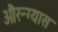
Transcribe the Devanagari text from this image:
औरन्ग्यास